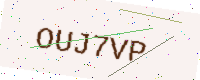
Text: OUJ7VP